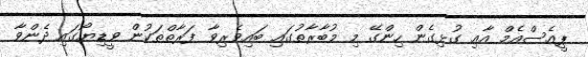
ޕީއެސްއެމް އާއި ގުޅިގެން ހިންގޭ މި މުބާރާތުގައި ބައިވެރިވާ ފަރާތްތަކުން ވީޑިޔޯގައި ދެންވާ